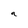
Character: q